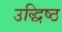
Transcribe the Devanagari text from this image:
उद्धिष्ठ